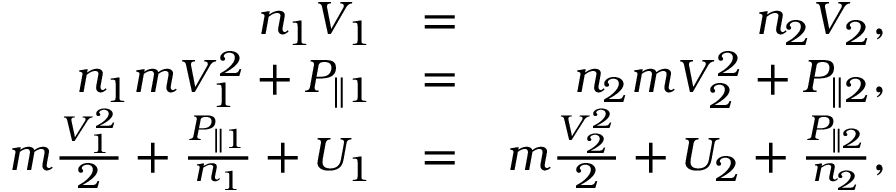
\begin{array} { r l r } { n _ { 1 } V _ { 1 } } & { = } & { n _ { 2 } V _ { 2 } , } \\ { n _ { 1 } m V _ { 1 } ^ { 2 } + P _ { \parallel 1 } } & { = } & { n _ { 2 } m V _ { 2 } ^ { 2 } + P _ { \parallel 2 } , } \\ { m \frac { V _ { 1 } ^ { 2 } } { 2 } + \frac { P _ { \parallel 1 } } { n _ { 1 } } + U _ { 1 } } & { = } & { m \frac { V _ { 2 } ^ { 2 } } { 2 } + U _ { 2 } + \frac { P _ { \parallel 2 } } { n _ { 2 } } , } \end{array}